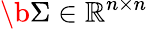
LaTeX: \b{\Sigma}\in\mathbb{R}^{n\times n}